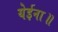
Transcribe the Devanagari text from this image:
येईना॥